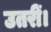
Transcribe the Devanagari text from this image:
उतरीं।